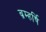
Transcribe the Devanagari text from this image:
ब्रम्हर्षि